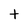
Character: t